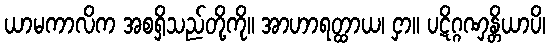
ယာမကာလိက အစရှိသည်တို့ကို။ အာဟာရတ္ထာယ၊ ငှာ။ ပဋိဂ္ဂဏှန္တိယာပိ၊